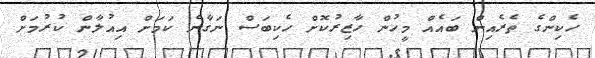
ހެކިންގެ ތެރެއިން ބައެއް މީހުން ހާޒިރުކޮށް ހެކިބަސް ނަގާނެ ކަމަށް އިއުލާން ކުރުމަށް